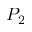
P _ { 2 }